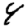
Digit: 4